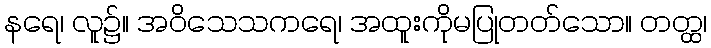
နရေ၊ လူ၌။ အဝိသေသကရေ၊ အထူးကိုမပြုတတ်သော။ တတ္ထ၊